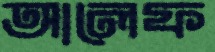
আলেফ